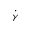
\dot { \gamma }